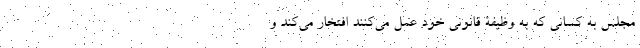
مجلس به کسانی که به وظیفۀ قانونی خود عمل می‌کنند افتخار می‌کند و